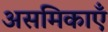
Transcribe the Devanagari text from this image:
असमिकाएँ